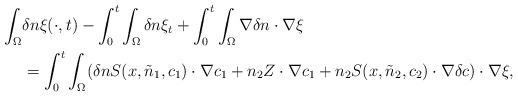
LaTeX: \begin{align*}\begin{aligned}\int_{\Omega}&\delta n \xi(\cdot,t)-\int_{0}^{t}\int_{\Omega} \delta n \xi_{t} +\int_{0}^{t}\int_{\Omega}\nabla\delta n\cdot \nabla \xi\\&=\int_{0}^{t}\int_{\Omega}( \delta n S(x,\tilde{n}_{1},c_{1}) \cdot \nabla c_{1} +n_{2} Z \cdot \nabla c_{1} +n_{2}S(x,\tilde{n}_{2},c_{2}) \cdot \nabla \delta c)\cdot \nabla \xi,\end{aligned}\end{align*}